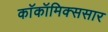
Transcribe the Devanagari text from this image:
काॅकॉमिक्ससार